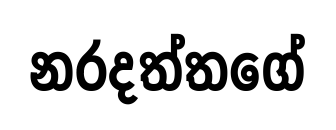
නරදත්තගේ